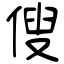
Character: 傁